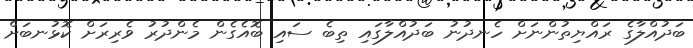
ބަދުއްލާގެ ރައްޔިތުންނަށް ހެނދުނު ބަދުއްލާގައި ތިބެ ސައި ބޮއެގެން މެންދުރު ވެރިރަށް ކޮޅުނބަށް